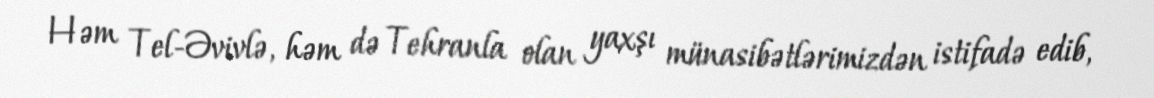
Həm Tel-Əvivlə, həm də Tehranla olan yaxşı münasibətlərimizdən istifadə edib,